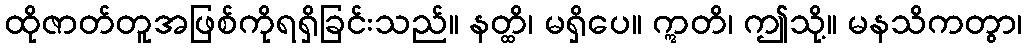
ထိုဇာတ်တူအဖြစ်ကိုရရှိခြင်းသည်။ နတ္ထိ၊ မရှိပေ။ ဣတိ၊ ဤသို့။ မနသိကတွာ၊